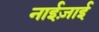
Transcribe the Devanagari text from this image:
नाईज़ाई